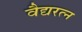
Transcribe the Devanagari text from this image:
वैद्यरत्न